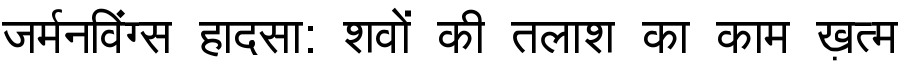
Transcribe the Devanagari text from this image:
जर्मनविंग्स हादसा: शवों की तलाश का काम ख़त्म